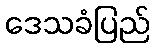
ဒေသခံပြည်